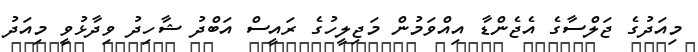
މިއަދުގެ ޖަލްސާގެ އެޖެންޑާ އިއްވަމުން މަޖިލީހުގެ ރައީސް އަބްދު ޝާހިދު ވިދާޅުވީ މިއަދު